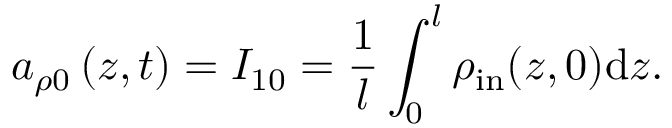
a _ { \rho 0 } \left( z , t \right) = I _ { 1 0 } = \frac { 1 } { l } \int _ { 0 } ^ { l } \rho _ { \mathrm { i n } } ( z , 0 ) \mathrm { d } z .